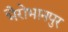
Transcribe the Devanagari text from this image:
भैरोभानपुर